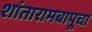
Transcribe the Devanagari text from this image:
शांतारामबापूचा